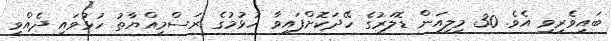
ބައިވެރިވި އެވެ. 30 މިލިއަން ޑޮލަރުގެ ހޭދަކޮށްފައިވާ ހުޅުމުގެ ރަސްމިއްޔާތު ހުޅުވައި ދެއްވީ